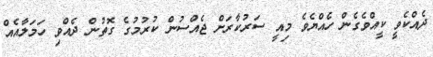
ދެއްކެވީ ކީއްވެގެން ހެއްޔެވެ މިއީ ސަރުކާރަށް ޖެއްސުން ކުރުމުގެ ގޮތުން ދެއްވި ހަމަލާއެއް